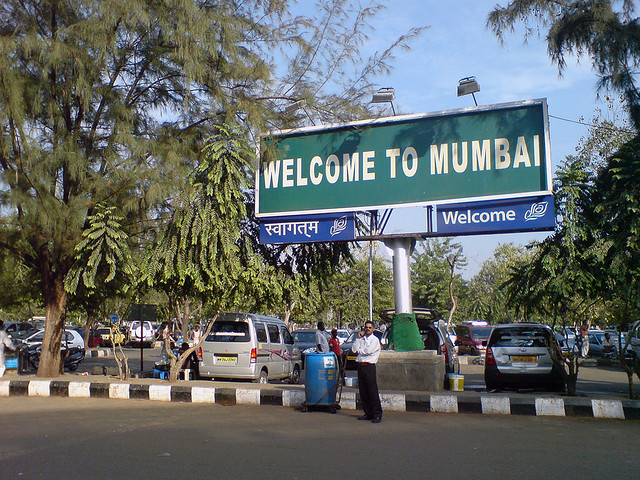
Language: hindi
Transcription: स्वागतम